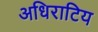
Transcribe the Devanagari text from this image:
अधिराटिय